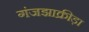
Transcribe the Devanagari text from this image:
गंजझाक्रीड़ा